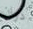
دوان